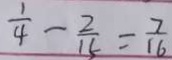
\frac { 1 } { 4 } - \frac { 2 } { 1 5 } = \frac { 7 } { 1 6 }